Civil Veterinary Dept. Assam report 1911-1927 - 1911-1927
Year: 1911
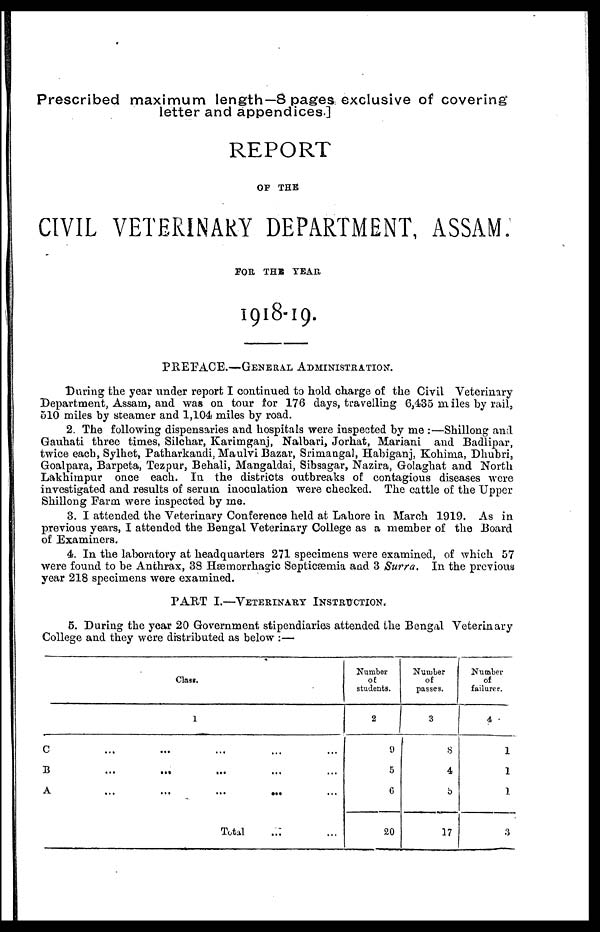
Prescribed maximum length—8 pages exclusive of covering
letter and appendices]
REPORT
OF THE
CIVIL VETERINARY DEPARTMENT, ASSAM.
FOR THE YEAR
1918-19.
PREFACE.—GENERAL ADMINISTRATION.
During the year under report I continued to hold charge of the Civil Veterinary
Department, Assam, and was on tour for 176 days, travelling 6,435 miles by rail,
510 miles by steamer and 1,104 miles by road.
2. The following dispensaries and hospitals were inspected by me :—Shillong and
Gauhati three times, Silchar, Karimganj, Nalbari, Jorhat, Mariani and Badlipar,
twice each, Sylhet, Patharkandi, Maulvi Bazar, Srimangal, Habiganj, Kohima, Dhubri,
Goalpara, Barpeta, Tezpur, Behali, Mangaldai, Sibsagar, Nazira, Golaghat and North
Lakhimpur once each. In the districts outbreaks of contagious diseases were
investigated and results of serum inoculation were checked. The cattle of the Upper
Shillong Farm were inspected by me.
3. I attended the Veterinary Conference held at Lahore in March 1919. As in
previous years, I attended the Bengal Veterinary College as a member of the Board
of Examiners.
4. In the laboratory at headquarters 271 specimens were examined, of which 57
were found to be Anthrax, 38 Hæmorrhagic Septicæmia and 3 Surra. In the previous
year 218 specimens were examined.
PART I.—VETERINARY INSTRUCTION.
6. During the year 20 Government stipendiaries attended the Bengal Veterinary
College and they were distributed as below :—
Class.
1
C
...
...
...
...
...
B ... ... ... ... ...
A
...
...
...
...
...
Total
Number
of
students.
2
9
5
6
20
Number
of
passes.
3
8
4
5
17
Number
of
failures
4
1
1
1
3